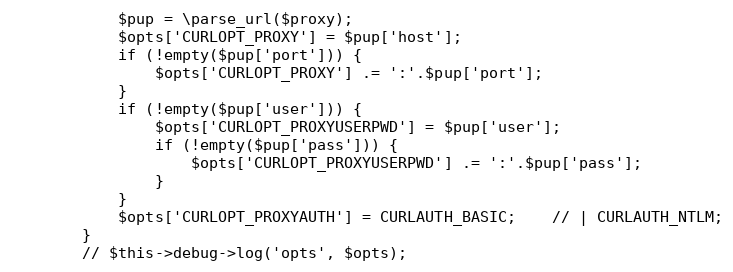
Language: PHP
            $pup = \parse_url($proxy);
            $opts['CURLOPT_PROXY'] = $pup['host'];
            if (!empty($pup['port'])) {
                $opts['CURLOPT_PROXY'] .= ':'.$pup['port'];
            }
            if (!empty($pup['user'])) {
                $opts['CURLOPT_PROXYUSERPWD'] = $pup['user'];
                if (!empty($pup['pass'])) {
                    $opts['CURLOPT_PROXYUSERPWD'] .= ':'.$pup['pass'];
                }
            }
            $opts['CURLOPT_PROXYAUTH'] = CURLAUTH_BASIC;    // | CURLAUTH_NTLM;
        }
        // $this->debug->log('opts', $opts);